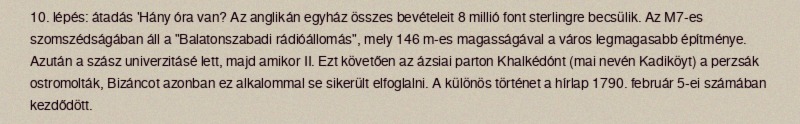
10. lépés: átadás 'Hány óra van? Az anglikán egyház összes bevételeit 8 millió font sterlingre becsülik. Az M7-es szomszédságában áll a "Balatonszabadi rádióállomás", mely 146 m-es magasságával a város legmagasabb építménye. Azután a szász univerzitásé lett, majd amikor II. Ezt követően az ázsiai parton Khalkédónt (mai nevén Kadiköyt) a perzsák ostromolták, Bizáncot azonban ez alkalommal se sikerült elfoglalni. A különös történet a hírlap 1790. február 5-ei számában kezdődött.